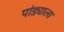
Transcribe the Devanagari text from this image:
पांड्याला